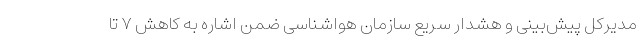
مدیرکل پیش‌بینی و هشدار سریع سازمان هواشناسی ضمن اشاره به کاهش ۷ تا